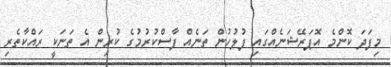
މިފަދަ ކޮންމެ އޮޕަރޭޝަނެއްގައި ފުލުހުން ތަނެއް ފާސްކުރުމުގެ ކުރިން އެ ތަނަކީ ރައްކާތެރި